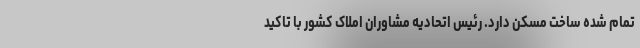
تمام شده ساخت مسکن دارد. رئیس اتحادیه مشاوران املاک کشور با تاکید